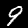
Label: 9